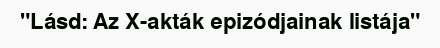
"Lásd: Az X-akták epizódjainak listája"